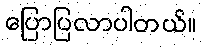
ပြောပြလာပါတယ်။